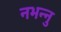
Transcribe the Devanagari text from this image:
नभन्नु